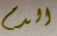
الدم